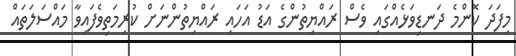
މިފަދަ ކޮންމެ ދަނޑިވަޅެއްގައި ވެސް ރައްޔިތުންގެ އަޑު އަހައި ރައްޔިތުންނަށް ކުރިމަތިވެފައިވާ މައްސަލަތައް